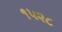
૧૫૨૮